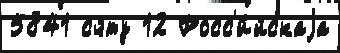
5841 сч́ту 12 Росс'и́йскаjа